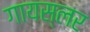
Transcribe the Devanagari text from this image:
गायस्लर